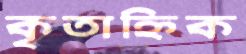
কৃতাহ্নিক